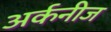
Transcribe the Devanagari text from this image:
अर्कनीज